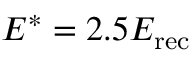
E ^ { * } = 2 . 5 E _ { \mathrm { r e c } }